Investigations on Bengal jail dietaries - Number 37
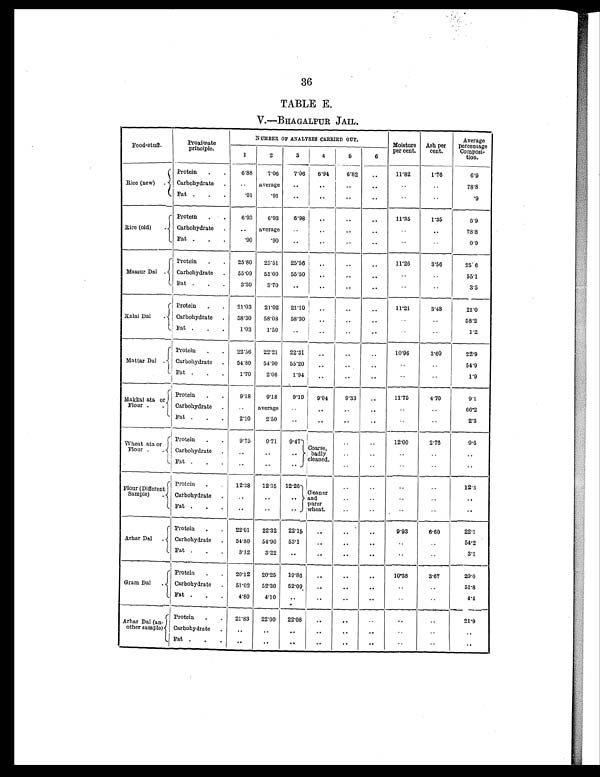
36
TABLE E.
V.—BHAGALPUR JAIL.
Food-stuff.
Proximate
principle.
NUMBER OF ANALYSES CARRIED OUT.
Moisture
per cent.
Ash per
cent.
Average
percentage
Composi-
tion.
1
2
3
4
6
6
Rice (new)
Protein . .
6.88 7.06 7.06 6.94
6.82 ..
11.82
1.76
6.9
Carbohydrate . .. average ..
..
..
..
. .
. . 78.8
Fat . . .
. 9 1 .91 ..
..
.. ..
. .
. .
.9
(
Rice (old)
Protein . .
6.93 6.93 6.98
. .
..
..
11.35
1.35
6.9
Carbohydrate .
.. average
. .
. .
..
..
. .
..
78.8
Fat . . .
.90
.90 ..
..
..
..
. . ..
0.9
Massur Dal .
Protein . . 25.80 25.51 25.56 ..
. . ..
11.26
3.56
25.6
Carbohydrate . 55.09 55.00 55.50 ..
..
..
..
55.1
Fat . . .
3.30 5-70
. .
..
..
. .
..
3.5
K a l a i D a l
.
Protein . . 21.03 21.02 21.10 .. ..
..
11.21
3.48
21.0
Carbohydrate . 58.30 58'08 58.30 , ..
..
..
58.2
Fat . . .
1.03 1.50 ..
. .
..
..
. .
..
1.2
Mattar Dal .
Protein . . 22.56 22.21 22.31 ..
..
..
10.96
3.60
2 2 . 9
Carbohydrate . 54.80 54.90 55.20
. . ..
..
. .
. . 54.9
Fat . . .
1.70
2.06 1.94
. . ..
..
. .
. .
1 . 9
Makkai ata or
Flour . .
Protein . .
9.18 9.18 9.19 9.04
9 . 3 3 ..
11. 75
4.70
9.1
Carbohydrate .
.. average
. . ..
. . ..
. .
..
66.2
Fat . . .
2.10
2.50
. . ..
..
. .
. .
2.3
Wheat ata or
Flour . .
Protein . .
9.75 9.71 9.47
. .
..
..
12.00
2.76
9.6
Carbohydrate
.. .. .. Coarse badl y ..
..
. . ..
. .
Fat . . .
..
..
.. cleaned. ..
..
. . ..
. .
Flour (Different
Sample) .
Protein . . 12.38 12.35 12. 26
..
..
..
..
..
123
Carbohydrate .
..
..
..
Cleaner
and
. .
. . . .
. .
. .
Fat . . .
..
..
..
Purer
wheat.
..
..
. .
..
. .
Arhar Dal .
Protein . . 22.01 22.32 22.15
. .
..
..
9.93
6.60
22.1
Carbohydrate . 54.80 54.90 53.1
..
..
..
. . ..
54.2
Fat . . .
3.12 3.22 ..
..
..
..
. .
. .
3.1
Gram Dal .
Protein . . 20.12 20.25 19.86 ..
..
..
10.38
3.67
20.0
Carbohydrate . 51.02 52.30 52.09 ..
..
..
. . ..
51.8
Fat . . . 4.80 4.10 ..
..
..
. . . . ..
4.4
Arhar Dal (an-
other sample)
Protein . . 21.83 22.00 22.08 ..
..
..
..
..
21.9
Carbohydrate .
..
.. ..
..
..
..
..
. .
. .
Fat .
..
..
..
..
..
..
..
..
..